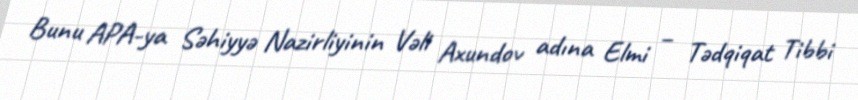
Bunu APA-ya Səhiyyə Nazirliyinin Vəli Axundov adına Elmi – Tədqiqat Tibbi